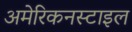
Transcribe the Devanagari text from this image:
अमेरिकनस्टाइल